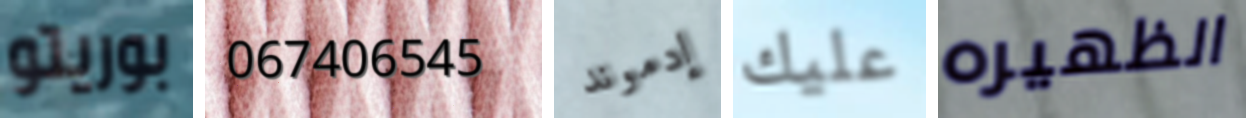
بوريتو 067406545 إدموند عليك الظهيره